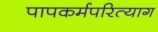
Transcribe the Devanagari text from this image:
पापकर्मपरित्याग